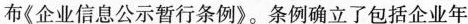
布《企业信息公示暂行条例》。条例确立了包括企业年